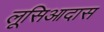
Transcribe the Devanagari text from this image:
लूसिआदास